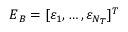
\boldsymbol { E } _ { B } = [ \varepsilon _ { 1 } , \ldots , \varepsilon _ { N _ { T } } ] ^ { T }